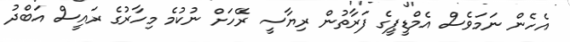
އެހެން ނަމަވެސް އެމްޑީޕީގެ ފަރާތުން ރިޔާސީ ރޭހަށް ނުކުމެ މިހާރުގެ ރައީސް އަބްދު